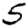
Digit: 5